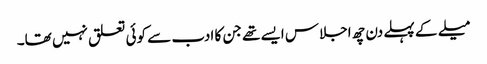
میلے کے پہلے دن چھ اجلاس ایسے تھے جن کا ادب سے کوئی تعلق نہیں تھا۔